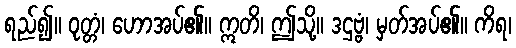
ရည်၍။ ဝုတ္တံ၊ ဟောအပ်၏။ ဣတိ၊ ဤသို့။ ဒဌဗ္ဗံ၊ မှတ်အပ်၏။ ကိရ၊